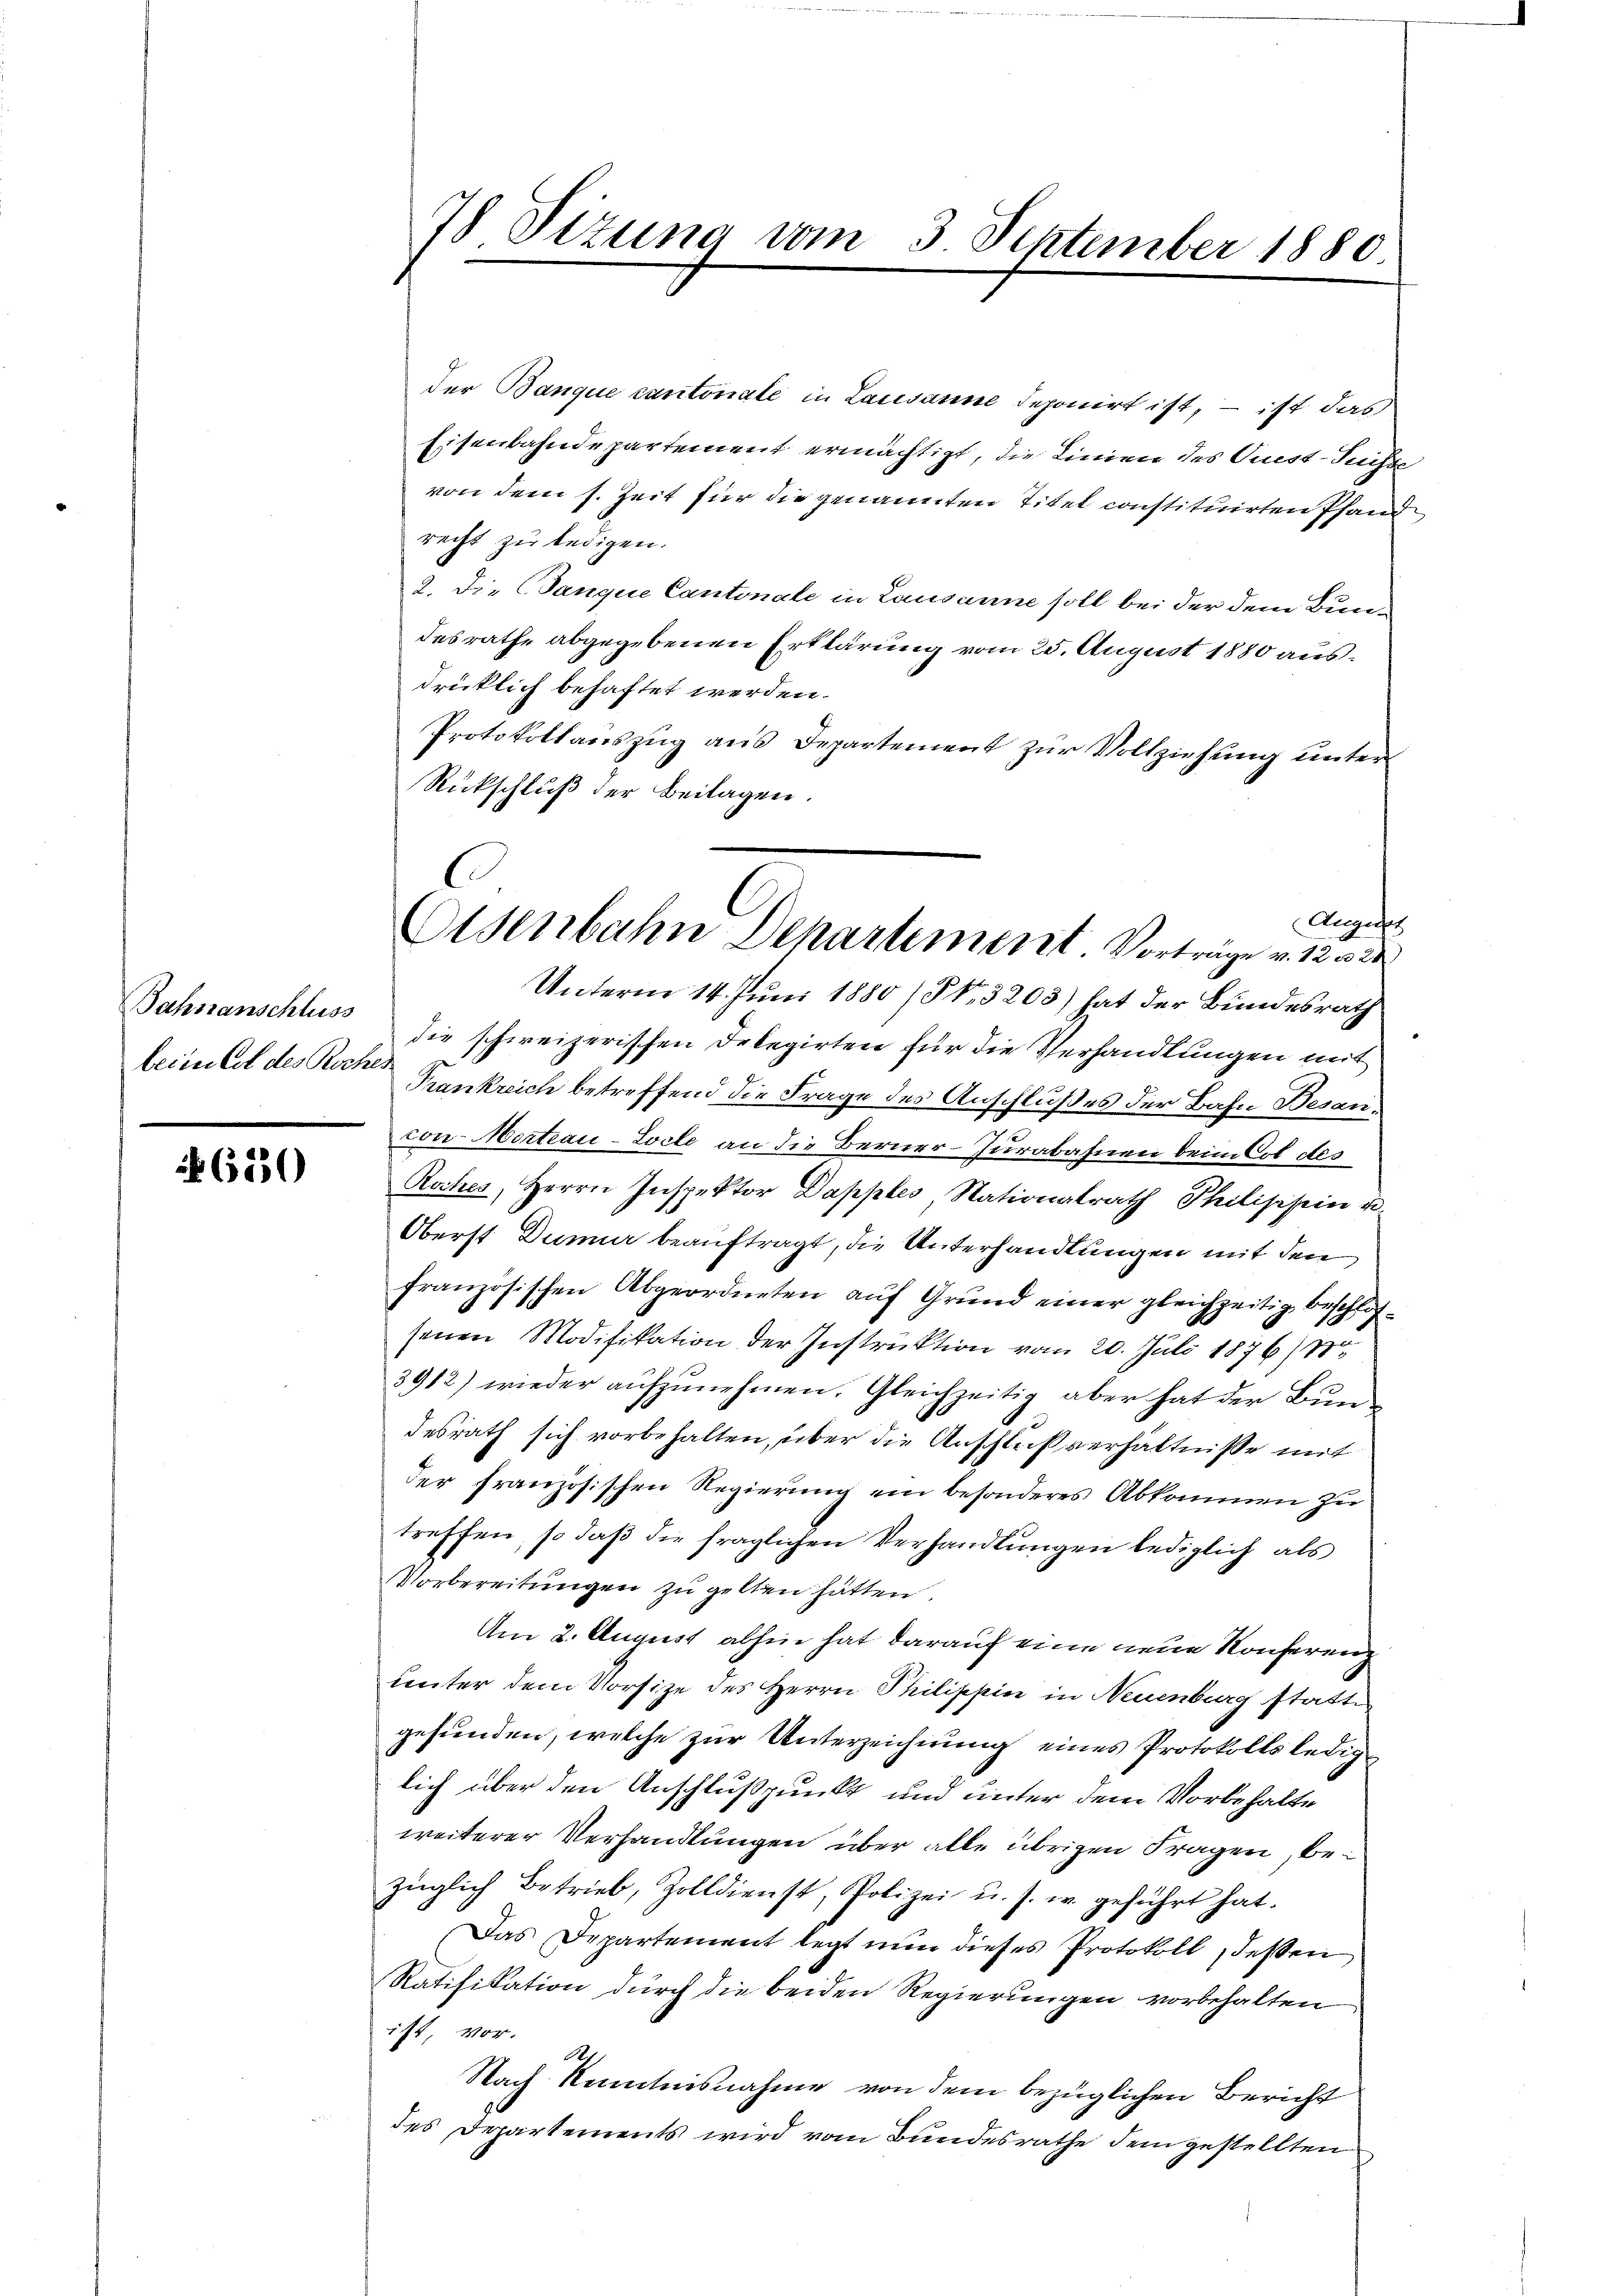
Bahnanschluss
beim Col des Roche

6230

78 Tizung vom 3 September 1880

August
Osenbahn Dehartement. Vorträge v. 12. 320

der Banque cantonale in Lausanne deponirt ist, – ist das
Eisenbahndepartement ermächtigt, die Linien des Quest-Tuchte
von dem s. Zeit für die genannten Titel constituirten Pfand
recht zu ledigen.
2. Die (Sanque Cantonale in Lausanne soll bei der dem Bundesrathe abgegebenen Erklärung vom 25. August 1880 ausdrücklich behaftet werden.
Protokollaŭszŭg aŭs Departement zŭr Vollziehŭng ŭnter
Rückschluß der Beitagen.
Unterm 14. Juni 1880 (§. 3203) hat der Bundesrath
die schweizerischen Delegirten für die Verhandlungen mit
24
Frankreich betreffend die Frage des Anschlußes der Bahn Besanvon Morteau-Locte an die Berner-Jurabahnen beim Col des
Roches, Herrn Inspektor Dapples Nationalrath Philischein u.
Oberst Dummer beauftragt, die Unterhandlungen mit den
französischen Abgeordneten auf Grund einer gleichzeitig beschlossenen Modifikation der Instruktion vom 20. Juli 1876/ 18
3912) wieder aufzunehmen. Gleichzeitig aber hat der Bundesrath sich vorbehalten, über die Anschlußverhältnisse mit
der französischen Regierung ein besonderes Abkommen zu
treffen, so daß die fraglichen Verhandlungen lediglich als
Vorbereitungen zu gelten hätten.
Am 2. August abhin hat darauf eine neue Konferenz
unter dem Vorsitze des Herrn Philippin in Neuenburg statte
gefunden, welche zur Unterzeichnung eines Protokolls lediglich über den Anschlußpunkt und unter dem Vorbehalte
weiterer Verhandlungen über alle übrigen Fragen, bezüglich Betrieb, Zolldienst, Polizei u. s. w. geführt hat.
Das Departement legt nun dieses Protokoll, dessen
Ratifikation durch die beiden Regierungen vorbehalten
ist, vor.
1
Nach Kenntnisnahme von dem bezüglichen Bericht
des Departements wird vom Bundesrathe dem gestellten